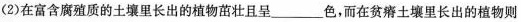
(2)在富含腐殖质的土壤里长出的植物茁壮且呈___色，而在贫瘠土壤里长出的植物则